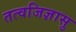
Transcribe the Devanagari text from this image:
तत्वजिज्ञासु